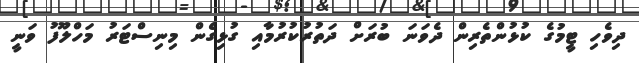
ދިވެހި ޓީމުގެ ކުޅުންތެރިން ދެވަނަ ބުރަށް ދަތުރުކުރުމާއި ގުޅިގެން މިނިސްޓަރު މަހްލޫފު ވަނީ